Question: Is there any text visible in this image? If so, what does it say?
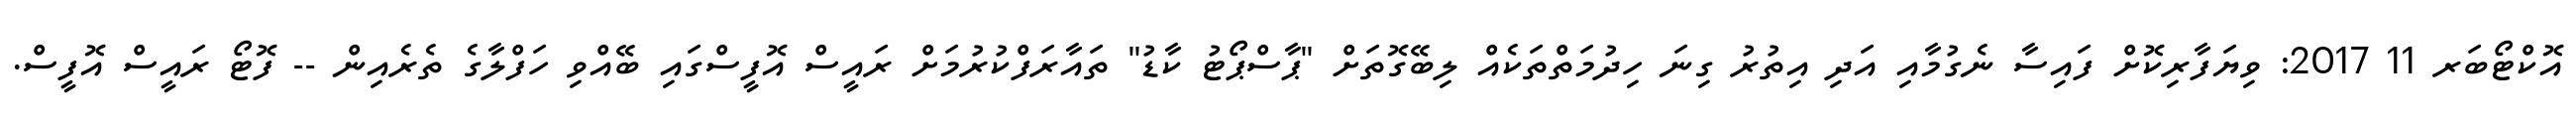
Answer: އޮކްޓޯބަރ 11 2017: ވިޔަފާރިކޮށް ފައިސާ ނެގުމާއި އަދި އިތުރު ގިނަ ހިދުމަތްތަކެއް ލިބޭގޮތަށް "ޕާސްޕޯޓު ކާޑު" ތައާރަފްކުރުމަށް ރައީސް އޮފީސްގައި ބޭއްވި ހަފްލާގެ ތެރެއިން -- ފޮޓޯ ރައީސް އޮފީސް.